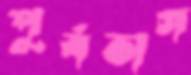
পূর্বভাগ